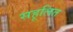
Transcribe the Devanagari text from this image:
सहूलित